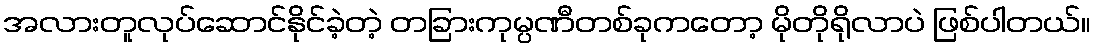
အလားတူလုပ်ဆောင်နိုင်ခဲ့တဲ့ တခြားကုမ္ပဏီတစ်ခုကတော့ မိုတိုရိုလာပဲ ဖြစ်ပါတယ်။